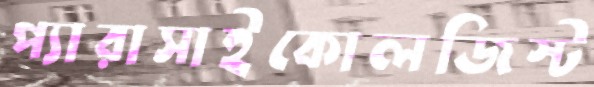
প্যারাসাইকোলজিস্ট